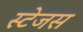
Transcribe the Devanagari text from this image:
स्टेजस